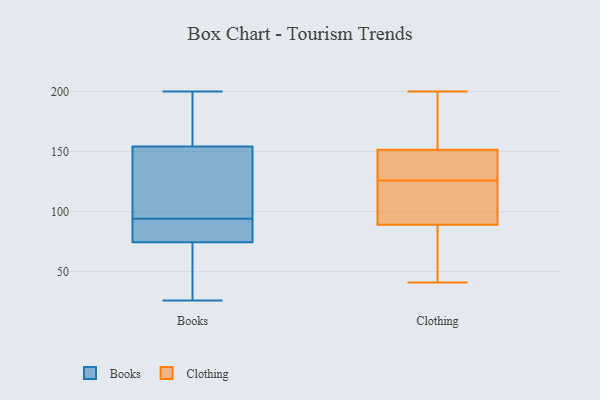
{"axis": {"x": "Energy Usage (MWh)", "y": "Value"}, "legend": ["Books", "Clothing"], "data": [{"x": "", "y": 137, "type": "Books"}, {"x": "", "y": 200, "type": "Books"}, {"x": "", "y": 94, "type": "Books"}, {"x": "", "y": 135, "type": "Books"}, {"x": "", "y": 160, "type": "Books"}, {"x": "", "y": 88, "type": "Books"}, {"x": "", "y": 76, "type": "Books"}, {"x": "", "y": 173, "type": "Books"}, {"x": "", "y": 26, "type": "Books"}, {"x": "", "y": 74, "type": "Books"}, {"x": "", "y": 65, "type": "Books"}, {"x": "", "y": 41, "type": "Clothing"}, {"x": "", "y": 200, "type": "Clothing"}, {"x": "", "y": 139, "type": "Clothing"}, {"x": "", "y": 110, "type": "Clothing"}, {"x": "", "y": 126, "type": "Clothing"}, {"x": "", "y": 141, "type": "Clothing"}, {"x": "", "y": 176, "type": "Clothing"}, {"x": "", "y": 62, "type": "Clothing"}, {"x": "", "y": 135, "type": "Clothing"}, {"x": "", "y": 104, "type": "Clothing"}, {"x": "", "y": 59, "type": "Clothing"}, {"x": "", "y": 171, "type": "Clothing"}, {"x": "", "y": 145, "type": "Clothing"}, {"x": "", "y": 98, "type": "Clothing"}, {"x": "", "y": 185, "type": "Clothing"}, {"x": "", "y": 48, "type": "Clothing"}, {"x": "", "y": 112, "type": "Clothing"}]}